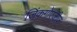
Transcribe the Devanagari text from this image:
जिंकगोएजीज़